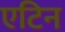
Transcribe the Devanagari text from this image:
एटिन